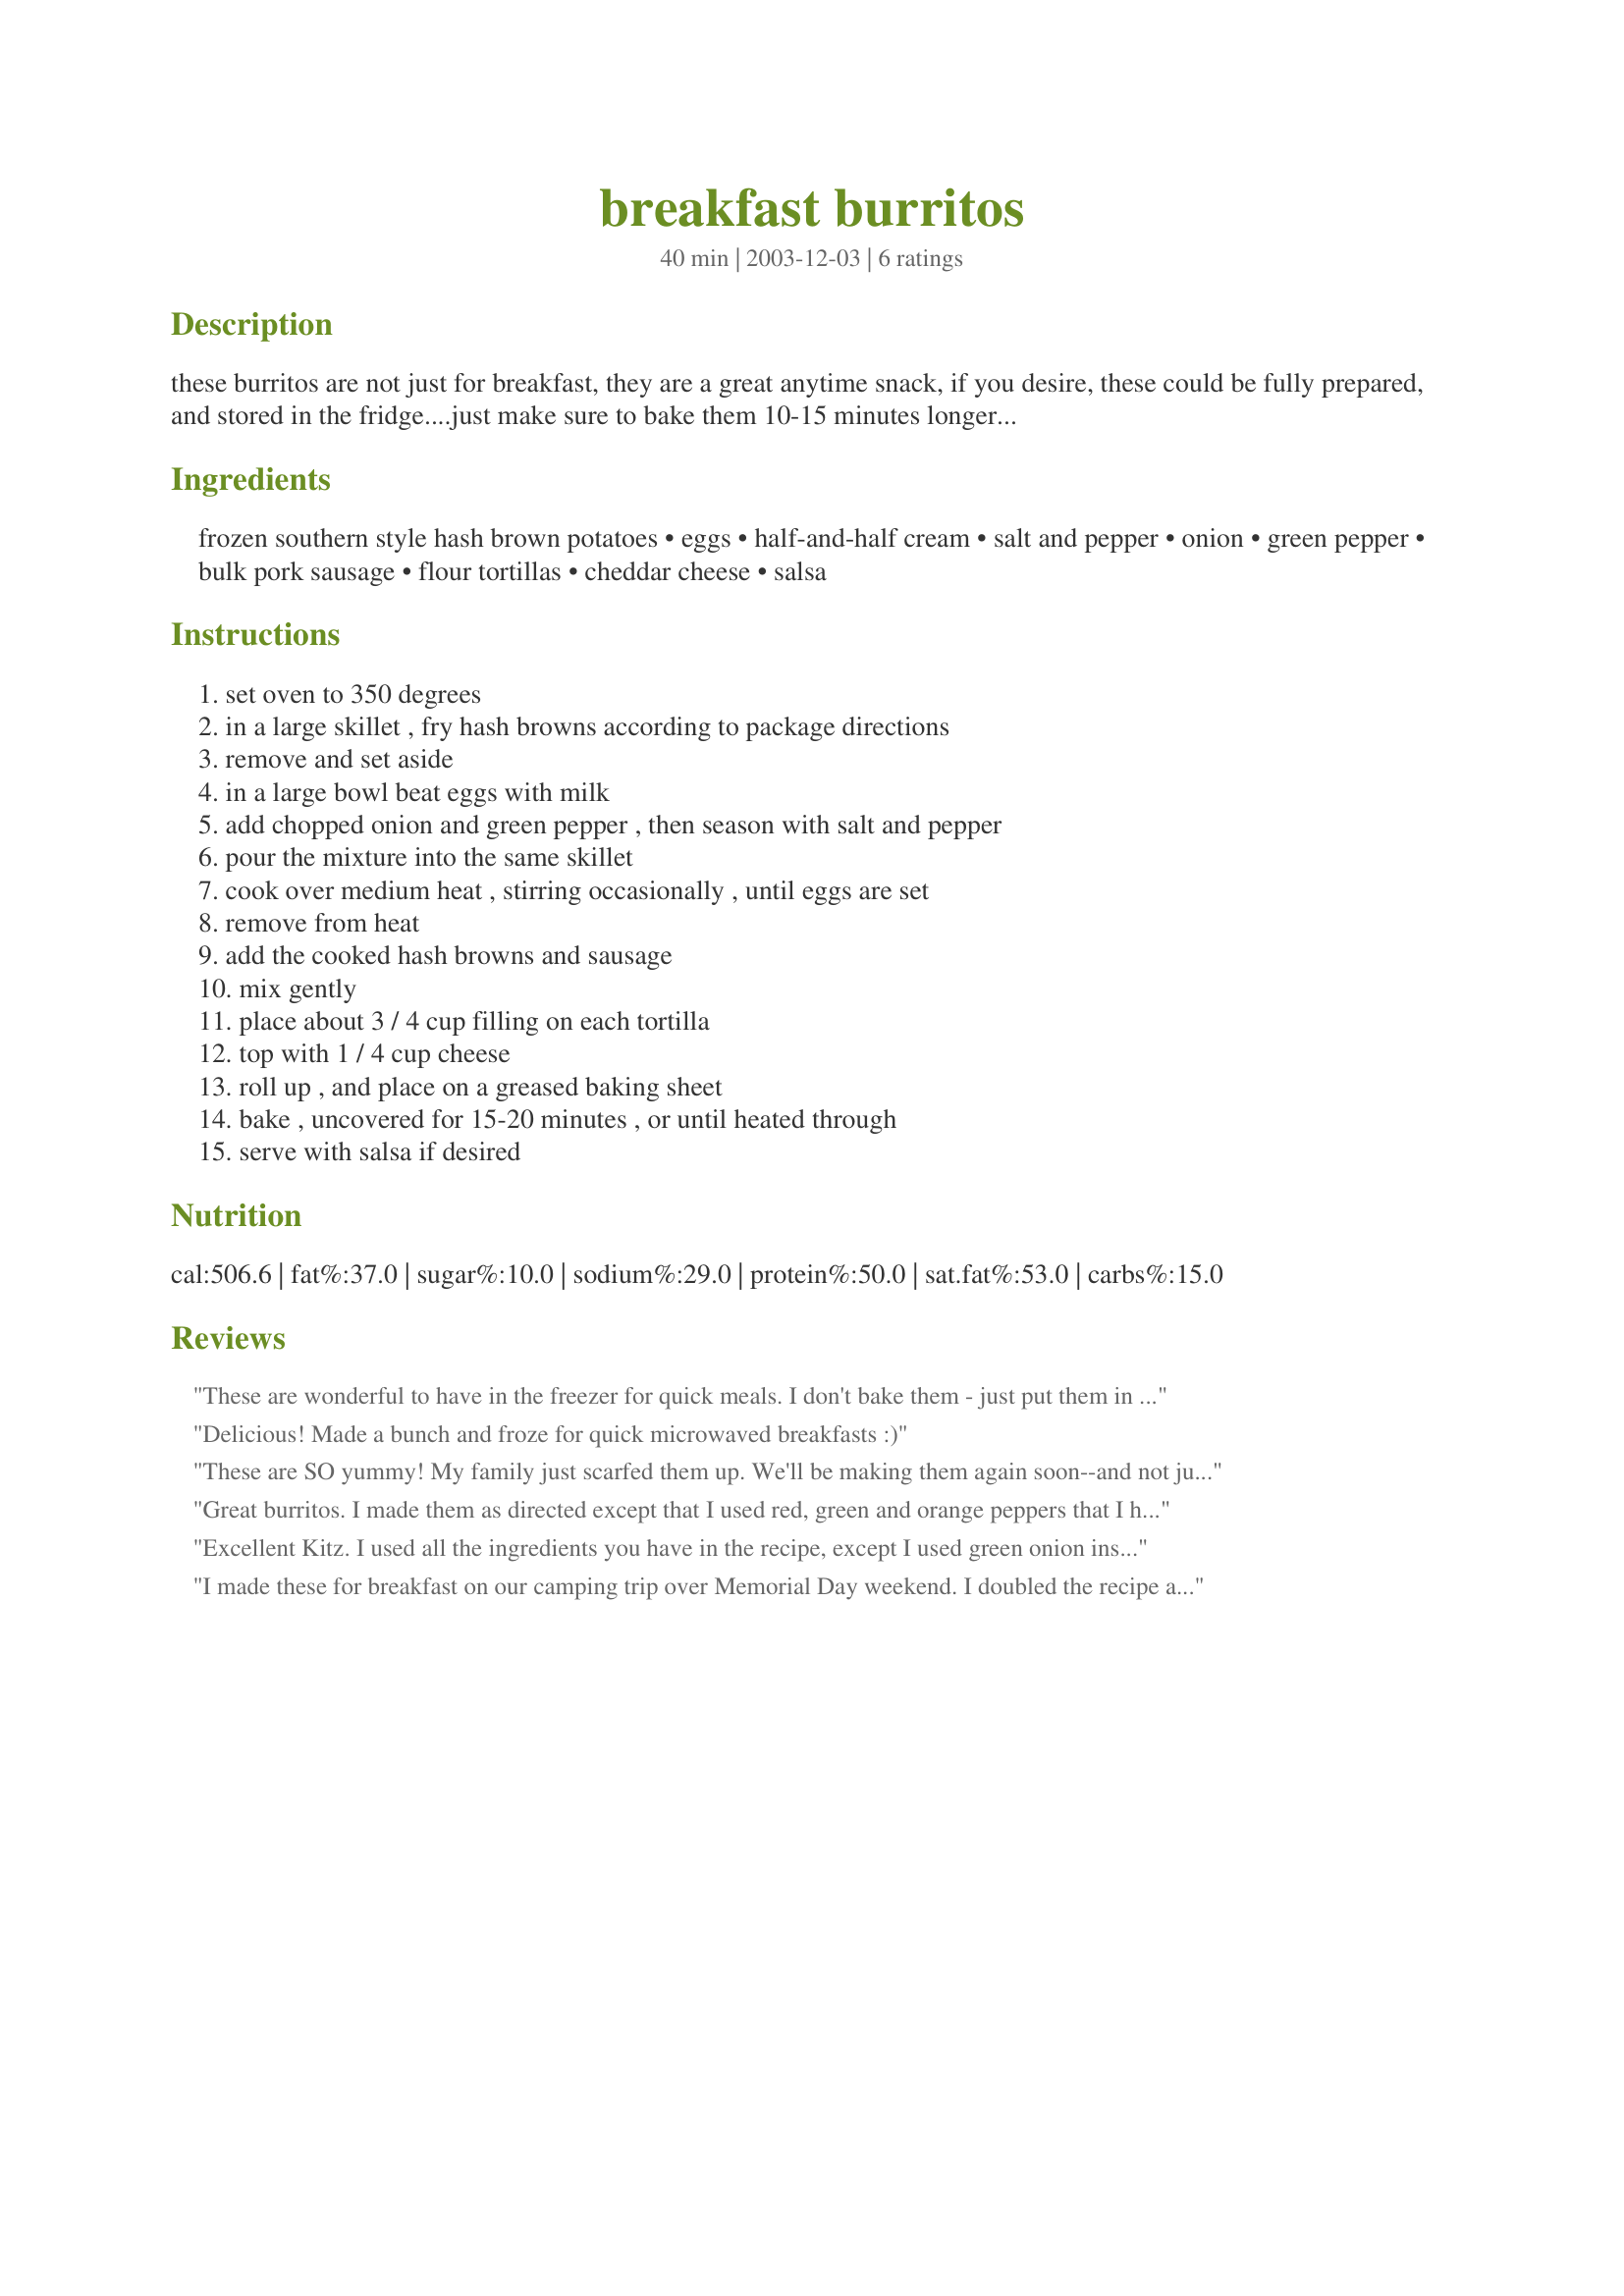
breakfast burritos
Preparation time: 40 minutes

these burritos are not just for breakfast, they are a great anytime snack, if you desire, these could be fully prepared, and stored in the fridge....just make sure to bake them 10-15 minutes longer, or they may be frozen, just thaw them before baking.

Ingredients:
frozen southern style hash brown potatoes, eggs, half-and-half cream, salt and pepper, onion, green pepper, bulk pork sausage, flour tortillas, cheddar cheese, salsa

Steps:
set oven to 350 degrees, in a large skillet , fry hash browns according to package directions, remove and set aside, in a large bowl beat eggs with milk, add chopped onion and green pepper , then season with salt and pepper, pour the mixture into the same skillet, cook over medium heat , stirring occasionally , until eggs are set, remove from heat, add the cooked hash browns and sausage, mix gently, place about 3 / 4 cup filling on each tortilla, top with 1 / 4 cup cheese, roll up , and place on a greased baking sheet, bake , uncovered for 15-20 minutes , or until heated through, serve with salsa if desired

Reviews:
These are wonderful to have in the freezer for quick meals. I don't bake them - just put them in the microwave for 2 minutes when ready to eat.
Delicious! Made a bunch and froze for quick microwaved breakfasts :)
These are SO yummy! My family just scarfed them up. We'll be making them again soon--and not just for breakfast, either!
Great burritos. I made them as directed except that I used red, green and orange peppers that I had on hand. I froze the rest of them for a quick meal for another day. Thanks Kitten for another great recipe.
Excellent Kitz. I used all the ingredients you have in the recipe, except I used green onion instead of a regular onion, and decreased the amounts to make enough for the two of us, not really measuring anything, and it turned out wonderful. Thanks so much for posting another great recipe.
I made these for breakfast on our camping trip over Memorial Day weekend. I doubled the recipe and browned the sausage, froze it, and chopped the peppers before leaving. I cooked the hash browns and reheated the sausage with the peppers. I scrambled the eggs with the sausage and peppers and then added the hash browns. Everyone filled their own tortillas with the egg mixture and cheese. (We didn't have a oven) These were very hearty and filling. Everyone loved them and came back for seconds and thirds! Next time I make them at home I will try baking them in the oven. Thanks for posting.
